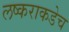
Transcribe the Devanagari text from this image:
लष्कराकडेच